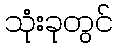
သုံးခုတွင်